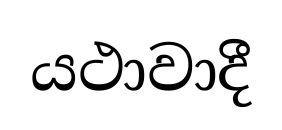
යථාවාදී